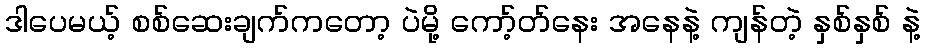
ဒါပေမယ့် စစ်ဆေးချက်ကတော့ ပဲမို့ ကော့်တ်နေး အနေနဲ့ ကျန်တဲ့ နှစ်နှစ် နဲ့